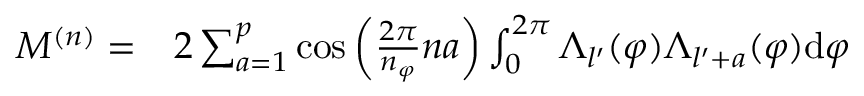
\begin{array} { r l } { M ^ { ( n ) } = } & { { } 2 \sum _ { a = 1 } ^ { p } \cos \left( \frac { 2 \pi } { n _ { \varphi } } n a \right) \int _ { 0 } ^ { 2 \pi } \Lambda _ { l ^ { \prime } } ( \varphi ) \Lambda _ { l ^ { \prime } + a } ( \varphi ) \mathrm { d } { \varphi } } \end{array}